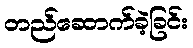
တည်ဆောက်ခဲ့ခြင်း